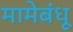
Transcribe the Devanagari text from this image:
मामेबंधू